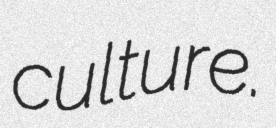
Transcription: culture.